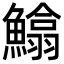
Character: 𩻵